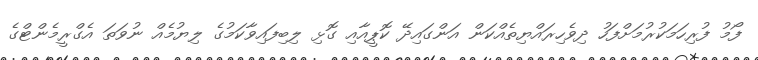
ފޯމު ފުރިހަމަކުރުމަށްފަހު ދިވެހިރައްޔިތެއްކަން އަންގައިދޭ ކޮޕީއާއި ގޮޅި ލިބިފައިވާކަމުގެ ލިޔުމެއް ނުވަތަ އެގްރީމެންޓްގެ